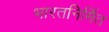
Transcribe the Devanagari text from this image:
भारतनिर्मित